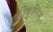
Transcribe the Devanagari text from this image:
कोकुलिम